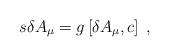
LaTeX: \begin{align*}s\delta A_\mu =g\left[ \delta A_\mu ,c\right] \;, \end{align*}